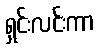
ရှင်းလင်းကာ